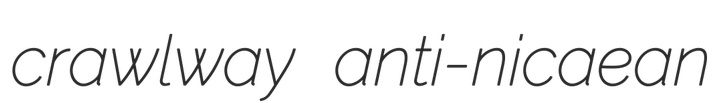
crawlway anti-nicaean